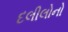
દલીલોનો